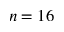
n = 1 6